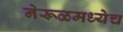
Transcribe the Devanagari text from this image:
नेरूळमध्येच